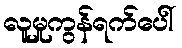
လူမှုကွန်ရက်ပေါ်